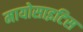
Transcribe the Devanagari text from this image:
मायोसाइटिस